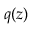
q ( \boldsymbol { z } )